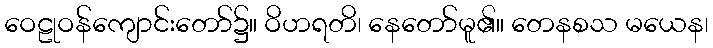
ဝေဠုဝန်ကျောင်းတော်၌။ ဝိဟရတိ၊ နေတော်မူ၏။ တေနစသ မယေန၊